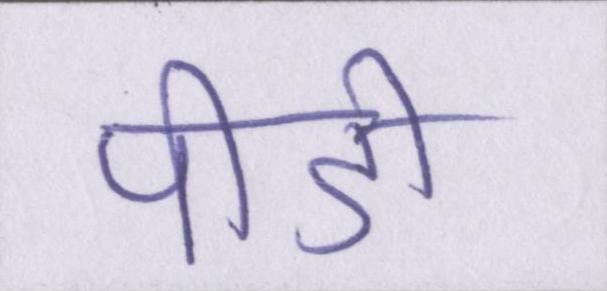
पीडी